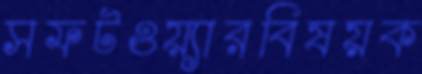
সফটওয়্যারবিষয়ক